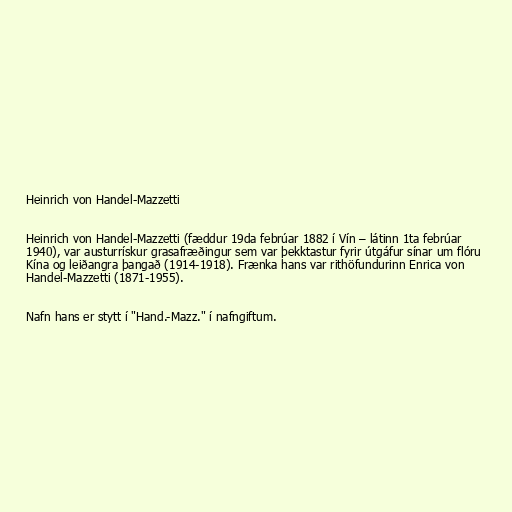
Heinrich von Handel-Mazzetti

Heinrich von Handel-Mazzetti (fæddur 19da febrúar 1882 í Vín – látinn 1ta febrúar
1940), var austurrískur grasafræðingur sem var þekktastur fyrir útgáfur sínar um flóru
Kína og leiðangra þangað (1914-1918). Frænka hans var rithöfundurinn Enrica von
Handel-Mazzetti (1871-1955).

Nafn hans er stytt í "Hand.-Mazz." í nafngiftum.